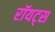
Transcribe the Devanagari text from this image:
रॉयट्स